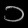
Digit: ၁